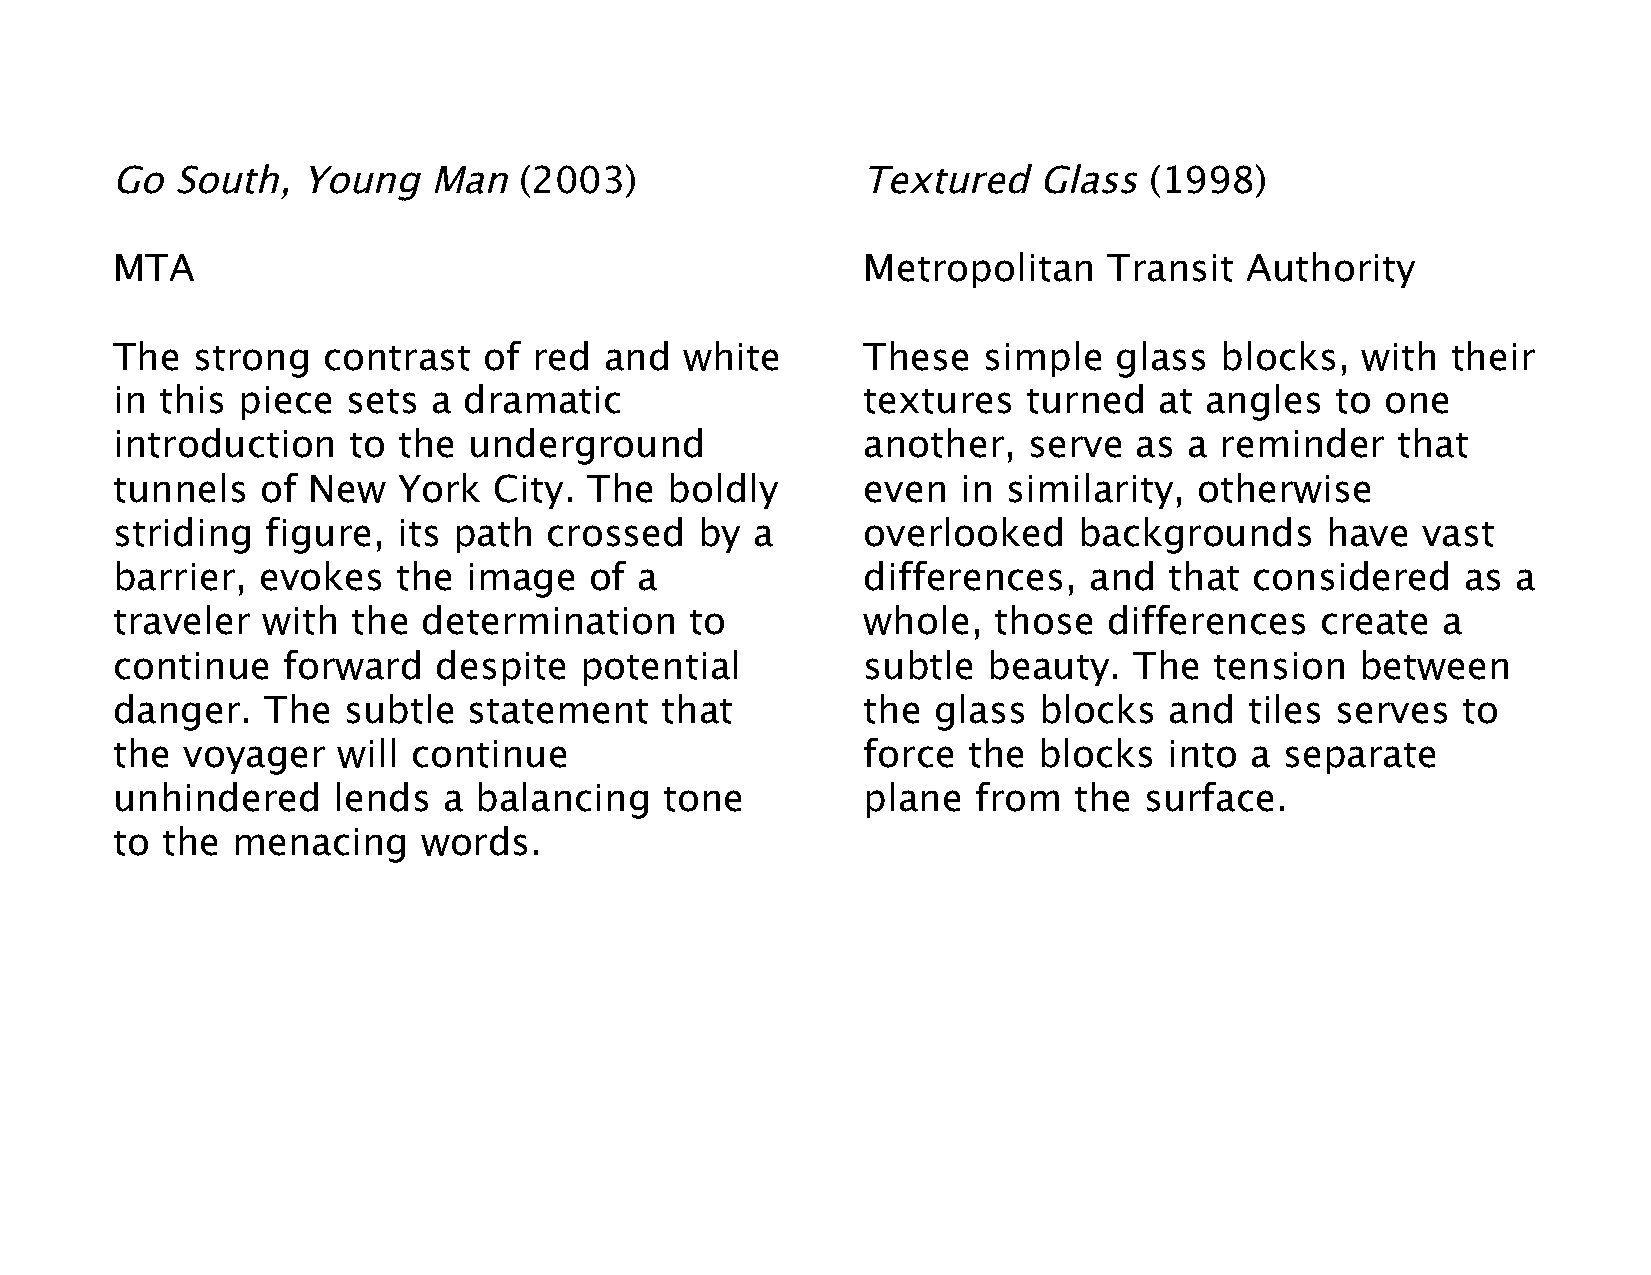
Go  South,   Young   Man   (2003)                 Textured    Glass  (1998)
 MTA                                               Metropolitan    Transit  Authority
 The   strong  contrast   of red  and  white       These   simple   glass  blocks,  with  their
 in  this piece  sets  a dramatic                  textures   turned   at angles  to  one
 introduction    to the  underground               another,   serve  as  a reminder   that
 tunnels   of New   York   City. The  boldly       even  in  similarity, otherwise
 striding   figure, its path  crossed   by  a      overlooked    backgrounds      have  vast
 barrier,  evokes   the  image   of a              differences,   and  that  considered    as a
 traveler  with  the  determination     to         whole,   those  differences   create  a
 continue    forward   despite  potential          subtle  beauty.   The  tension   between
 danger.   The   subtle  statement    that         the  glass  blocks  and   tiles serves  to
 the  voyager   will continue                      force  the  blocks  into  a separate
 unhindered     lends  a balancing    tone         plane  from   the  surface.
 to  the menacing     words.